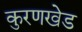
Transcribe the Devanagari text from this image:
कुरणखेड